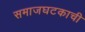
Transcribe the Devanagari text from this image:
समाजघटकाची